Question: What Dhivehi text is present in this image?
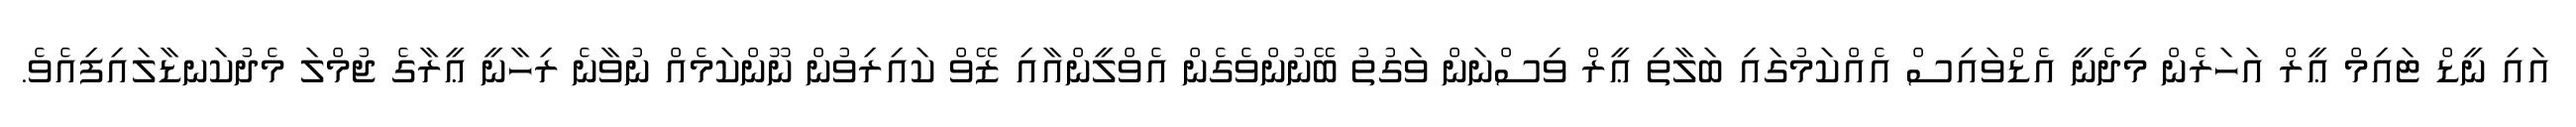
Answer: އައި ނީޑް ޓައިމް ޢީރް އަހަރެން މިދެނީ އެޑްވައިސް އެއްކަމުގައި ބަލާތި ޢީރް ވިސްނަން ވަގުތު ބޭނުންވެގެން އެވްލީންއާއި ޒޭވް ކައިރިވުން ނޫންކަމެއް ނުވާނެ ރިހާނީ ޢީރާގެ ޖުމްލަ މެދުކަނޑާލައިފިއެވެ.